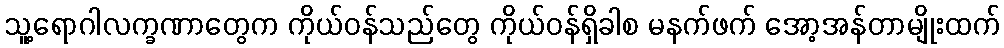
သူ့ရောဂါလက္ခဏာတွေက ကိုယ်ဝန်သည်တွေ ကိုယ်ဝန်ရှိခါစ မနက်ဖက် အော့အန်တာမျိုးထက်